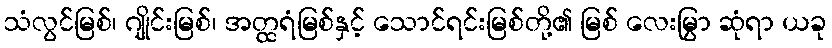
သံလွင်မြစ်၊ ဂျိုင်းမြစ်၊ အတ္ထရံမြစ်နှင့် သောင်ရင်းမြစ်တို့၏ မြစ် လေးမြွာ ဆုံရာ ယခု